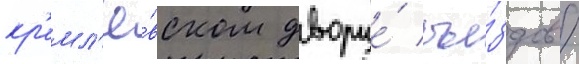
кр'емл'ё́вском дворце́ съе́здов /